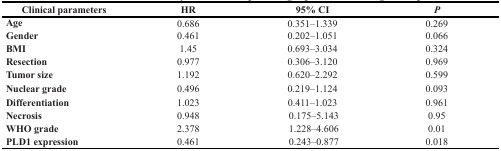
<table><thead><tr><td><b>Clinical parameters</b></td><td><b>HR</b></td><td><b>95% CI</b></td><td><b><i>P</i></b></td></tr></thead><tbody><tr><td><b>Age</b></td><td>0.686</td><td>0.351–1.339</td><td>0.269</td></tr><tr><td><b>Gender</b></td><td>0.461</td><td>0.202–1.051</td><td>0.066</td></tr><tr><td><b>BMI</b></td><td>1.45</td><td>0.693–3.034</td><td>0.324</td></tr><tr><td><b>Resection</b></td><td>0.977</td><td>0.306–3.120</td><td>0.969</td></tr><tr><td><b>Tumor size</b></td><td>1.192</td><td>0.620–2.292</td><td>0.599</td></tr><tr><td><b>Nuclear grade</b></td><td>0.496</td><td>0.219–1.124</td><td>0.093</td></tr><tr><td><b>Differentiation</b></td><td>1.023</td><td>0.411–1.023</td><td>0.961</td></tr><tr><td><b>Necrosis</b></td><td>0.948</td><td>0.175–5.143</td><td>0.95</td></tr><tr><td><b>WHO grade</b></td><td>2.378</td><td>1.228–4.606</td><td>0.01</td></tr><tr><td><b>PLD1 expression</b></td><td>0.461</td><td>0.243–0.877</td><td>0.018</td></tr></tbody></table>